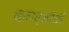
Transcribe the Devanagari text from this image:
मुखर्जीची